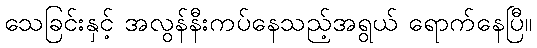
သေခြင်းနှင့် အလွန်နီးကပ်နေသည့်အရွယ် ရောက်နေပြီ။